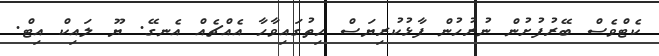
ކެޓްވެސް ބޭރުފުށުން ނުރުހުން ފާޅުކުރިޔަސް ހިތުގައިވާހާ އެއްޗެއް އެނގޭ. ޔޫ ލައިކް އިޓް.